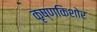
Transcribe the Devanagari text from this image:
कृष्णकिशोर